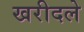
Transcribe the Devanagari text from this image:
खरीदले